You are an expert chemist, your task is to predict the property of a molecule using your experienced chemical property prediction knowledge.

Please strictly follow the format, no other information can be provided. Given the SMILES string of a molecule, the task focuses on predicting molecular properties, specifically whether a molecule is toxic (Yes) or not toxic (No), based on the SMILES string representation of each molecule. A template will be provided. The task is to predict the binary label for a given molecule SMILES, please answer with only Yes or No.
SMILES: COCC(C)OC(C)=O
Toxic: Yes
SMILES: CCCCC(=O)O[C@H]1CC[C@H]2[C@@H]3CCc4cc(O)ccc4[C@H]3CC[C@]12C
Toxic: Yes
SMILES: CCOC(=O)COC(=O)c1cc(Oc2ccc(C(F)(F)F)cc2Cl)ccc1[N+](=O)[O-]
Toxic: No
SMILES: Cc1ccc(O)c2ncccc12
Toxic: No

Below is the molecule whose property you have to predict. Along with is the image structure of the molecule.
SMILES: O=[N+]([O-])c1ccc2[nH]ncc2c1
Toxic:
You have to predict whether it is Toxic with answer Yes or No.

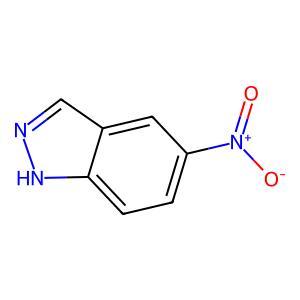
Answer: No